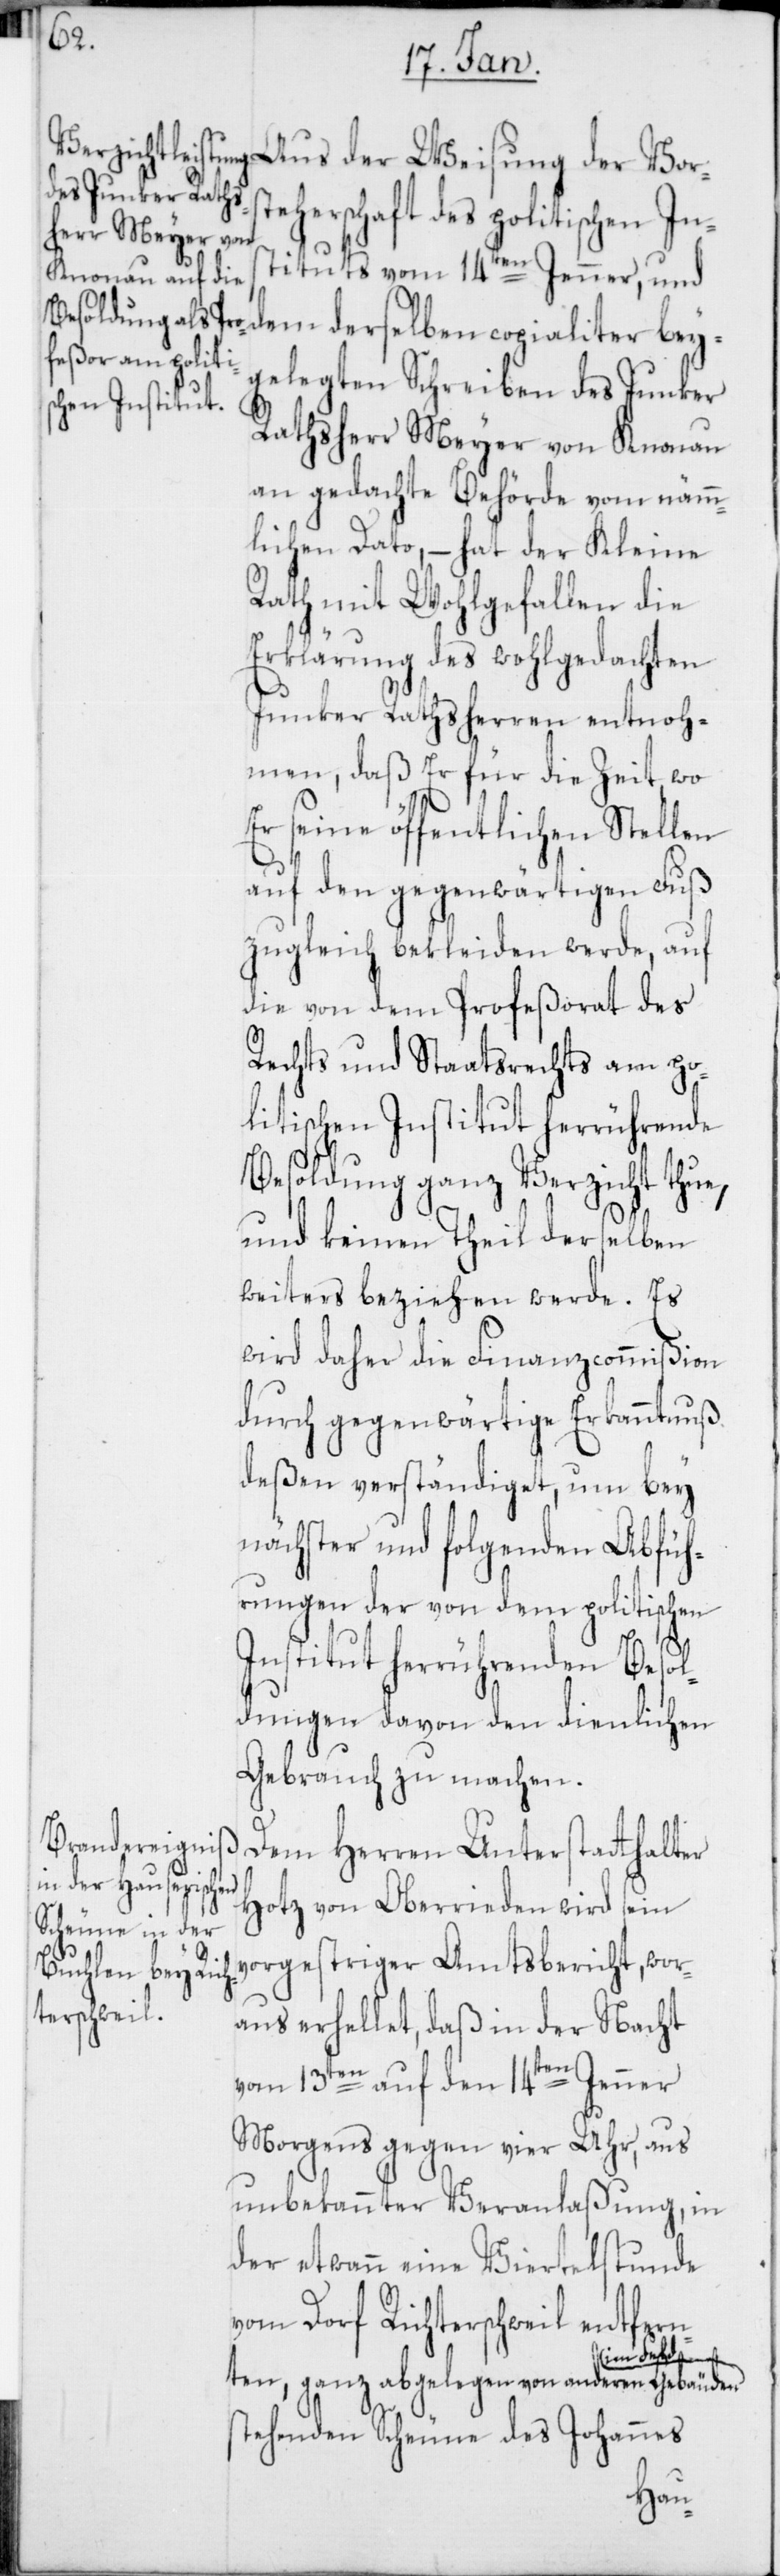
herschaft des Politischen Ins¬
tituts vom 14ten Jenner, und
dem derselben copialiter bey¬
gelegten Schreiben des Junker
Rathsherr Meyer von Knonau
an gedachte Behörde, vom nämm¬
lichen Dato, – hat der Kleine
Rath mit Wohlgefallen die
Erklärung des wohlgedachten
Junker Rathsherren entnoh¬
men, daß Er für die Zeit, wo
er seine öffentlichen Stellen
auf den gegenwärtigen Fuß
zugleich bekleiden werde, auf
die von dem Profeßorath des
Rechts und Staatsrechts am Po¬
litischen Institut herrührende
Besoldung ganz Verzicht thue,
und keinen Theil derselben
weiters beziehen werde. Es
wird daher die Finanzcommißion
durch gegenwärtige Erkanntnuß
deßen verständiget, um bey
nächster und folgenden Abfüh¬
rungen der von dem Politischen
Institut herrührenden Besol¬
dungen davon den dienlichen
Gebrauch zu machen.
Dem Herren Unterstatthalter
der Vorste¬
Hotz von Oberrieden wird sein
vorgestriger Amtsbericht, wor¬
aus erhellet, daß in der Nacht
vom 13ten auf den 14ten Jenner
morgens gegen vier Uhr, aus
unbekannter Veranlaßung, in
der etwann eine Viertelstunde
vom Dorf Richtersweil entfern¬
im Feld s¬
ten, ganz abgelegen von anderen Gebäuden
tehenden Scheune des Johannes